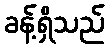
ခန့်ရှိသည်